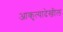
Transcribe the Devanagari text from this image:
आकृत्यादेखील